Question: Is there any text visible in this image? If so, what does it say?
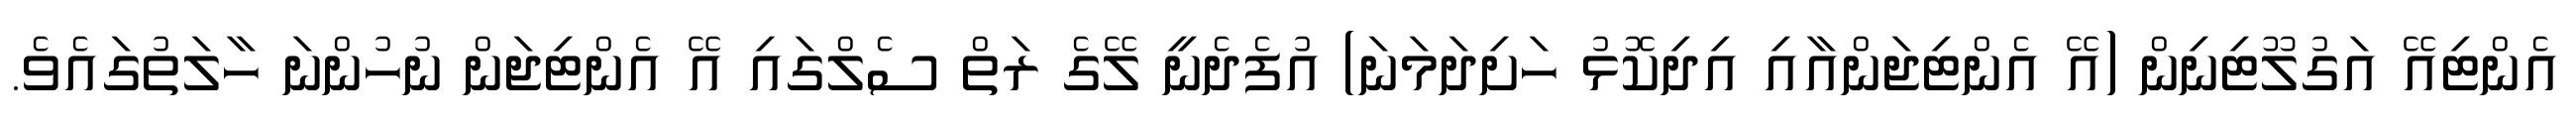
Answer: އެންޓިއޭ އަގުލޫޓިނިން (އޭ އެންޓިޖަންއާއި އިދިކޮޅު ހަށިދަމަނަ) އުފެދެނީ ލޭގެ ރަތް ސެލްގައި އޭ އެންޓިޖަން ނުހުންނަ ހާލަތުގައެވެ.